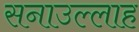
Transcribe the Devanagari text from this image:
सनाउल्‍लाह